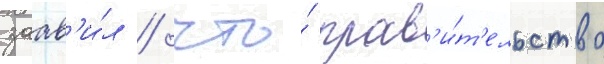
заав'и́л / что́ прав'и́т'ельство